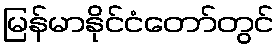
မြန်မာနိုင်ငံတော်တွင်